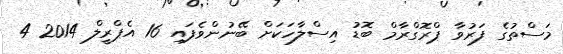
މަސްތުގެ ފަރުވާ ޕްރޮގްރާމް ބޮޑު އިސްލާހަކަށް ބޭނުންވެފައި 16 އެޕްރީލް 2014 4